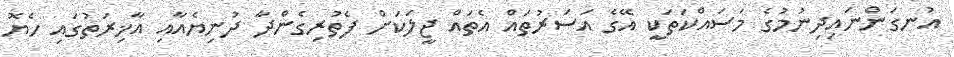
އުނގަންނައިދިނުމުގެ މަސައްކަތަކީ އޭގެ އަސަރުތައް އެތައް ޖީލަކަށް ފެތުރިގެންދާ ދުނިޔެއާއި އާޚިރަތުގައި ހެޔޮ